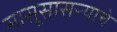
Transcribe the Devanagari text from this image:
सासूसासऱ्याचे